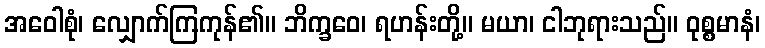
အဝေါစုံ၊ လျှောက်ကြကုန်၏။ ဘိက္ခဝေ၊ ရဟန်းတို့။ မယာ၊ ငါဘုရားသည်။ ဝုစ္စမာနံ၊